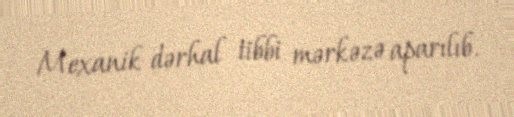
Mexanik dərhal tibbi mərkəzə aparılıb.